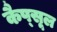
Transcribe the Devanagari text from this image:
कैप्‍सूल